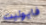
فايوليت